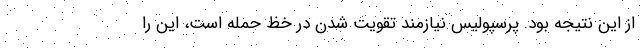
از این نتیجه بود. پرسپولیس نیازمند تقویت شدن در خظ حمله است، این را